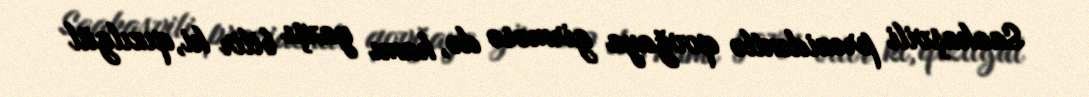
Saakaşvili prezidentlə qovğaya girməsə də, hamı yaxşı bilir ki, qızılgül